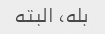
بله، البته